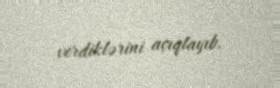
verdiklərini açıqlayıb.